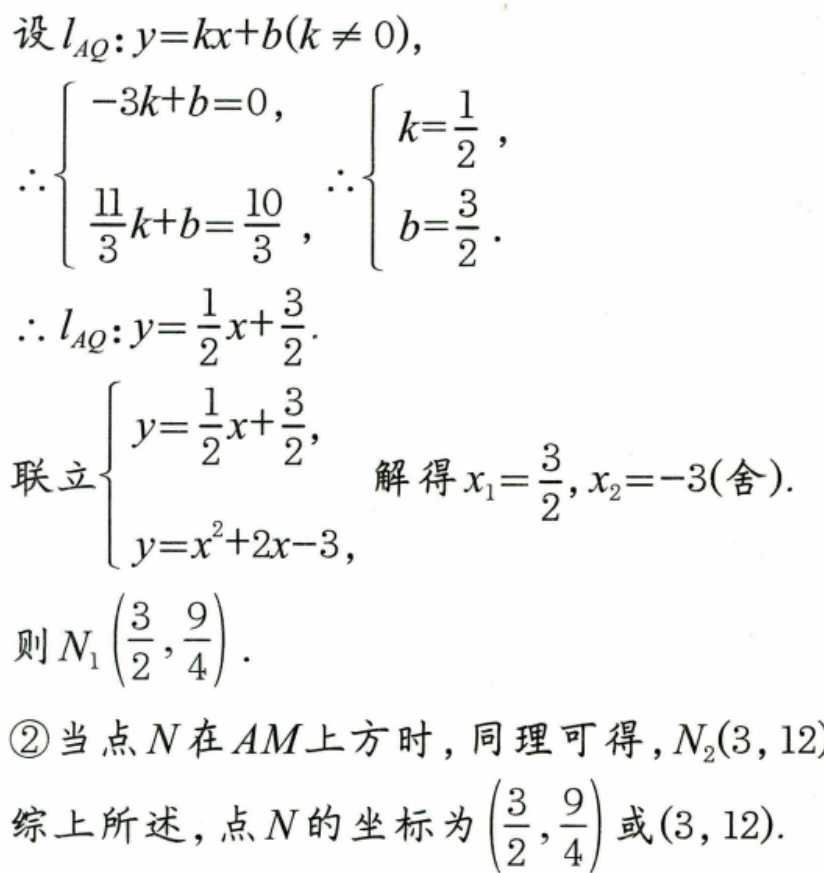
设\(l_{AQ}:y = kx + b(k\neq0)\)，
\(\therefore\begin{cases}-3k + b = 0,\\\dfrac{11}{3}k + b=\dfrac{10}{3},\end{cases}\) \(\therefore\begin{cases}k=\dfrac{1}{2},\\b=\dfrac{3}{2}.\end{cases}\)
\(\therefore l_{AQ}:y=\dfrac{1}{2}x+\dfrac{3}{2}\).
联立\(\begin{cases}y=\dfrac{1}{2}x+\dfrac{3}{2},\\y = x^{2}+2x - 3,\end{cases}\) 解得\(x_{1}=\dfrac{3}{2},x_{2}=-3(\text{舍})\).
则\(N_{1}\left(\dfrac{3}{2},\dfrac{9}{4}\right)\).
\textcircled{2}当点\(N\)在\(AM\)上方时，同理可得，\(N_{2}(3,12)\)
综上所述，点\(N\)的坐标为\(\left(\dfrac{3}{2},\dfrac{9}{4}\right)\)或\((3,12)\).